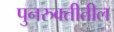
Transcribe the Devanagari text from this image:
पुनरुक्तीतील